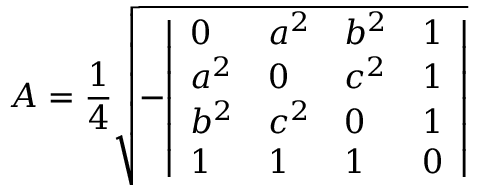
A = { \frac { 1 } { 4 } } { \sqrt { - { \left| \begin{array} { l l l l } { 0 } & { a ^ { 2 } } & { b ^ { 2 } } & { 1 } \\ { a ^ { 2 } } & { 0 } & { c ^ { 2 } } & { 1 } \\ { b ^ { 2 } } & { c ^ { 2 } } & { 0 } & { 1 } \\ { 1 } & { 1 } & { 1 } & { 0 } \end{array} \right| } } }